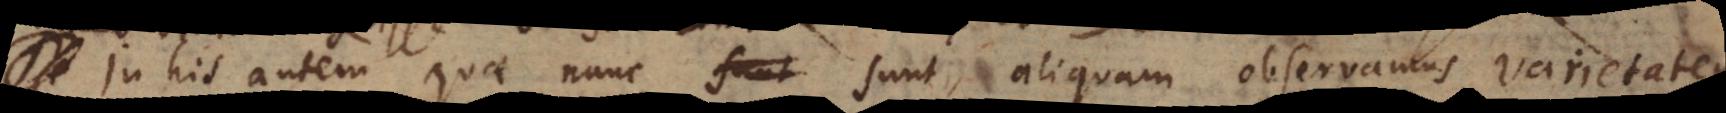
In his autem quae nunc sunt, aliquam observamus varietatem.